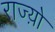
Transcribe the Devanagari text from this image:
राज्य़ो